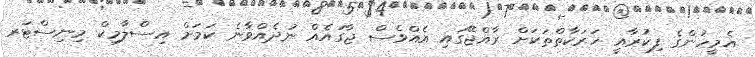
އެމީހުންގެ ފިކުރާއީ ހަރަކާތްތަކަށް ރާއްޖޭގައި އެއްވެސް ޖާގައެއް ނުދެއްވާނެ ކަމަށް އިސްލާމިކް މިނިސްޓަރ